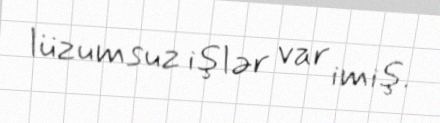
lüzumsuz işlər var imiş.